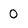
Character: 0